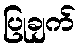
ပြုချက်